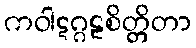
ကဝါဋဂ္ဂဠစိတ္တိတာ